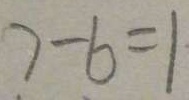
7 - 6 = 1